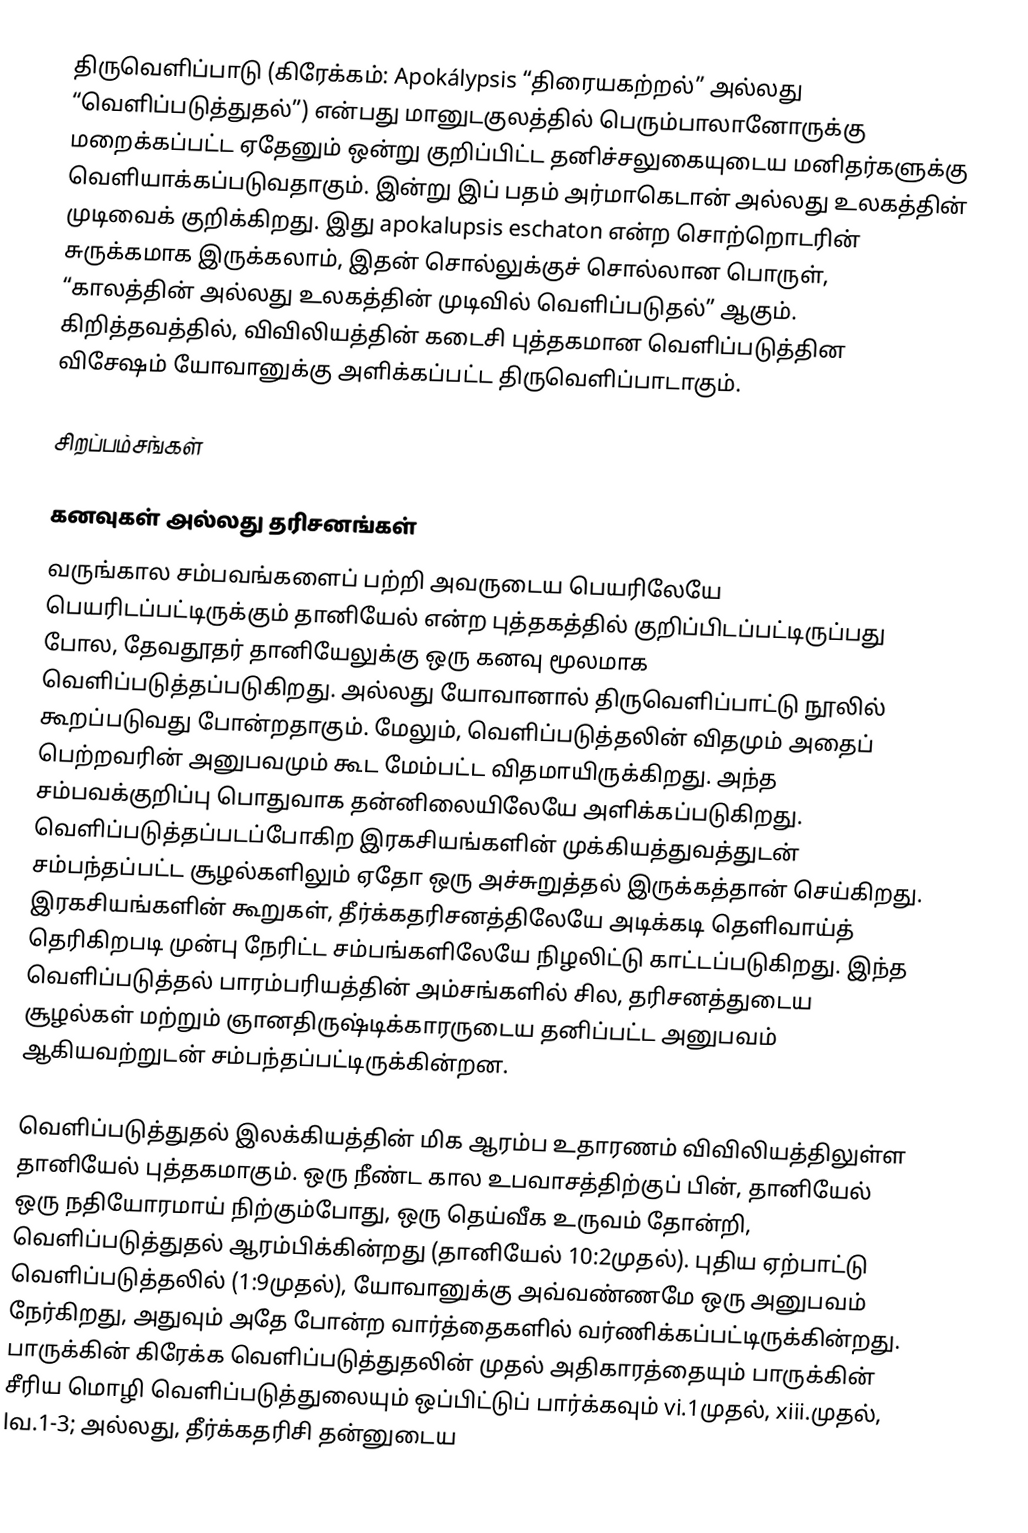
திருவெளிப்பாடு (கிரேக்கம்:  Apokálypsis “திரையகற்றல்” அல்லது “வெளிப்படுத்துதல்”) என்பது மானுடகுலத்தில் பெரும்பாலானோருக்கு மறைக்கப்பட்ட ஏதேனும் ஒன்று குறிப்பிட்ட தனிச்சலுகையுடைய மனிதர்களுக்கு வெளியாக்கப்படுவதாகும். இன்று இப் பதம் அர்மாகெடான் அல்லது உலகத்தின் முடிவைக் குறிக்கிறது. இது apokalupsis eschaton என்ற சொற்றொடரின் சுருக்கமாக இருக்கலாம், இதன் சொல்லுக்குச் சொல்லான பொருள், “காலத்தின் அல்லது உலகத்தின் முடிவில் வெளிப்படுதல்” ஆகும். கிறித்தவத்தில், விவிலியத்தின் கடைசி புத்தகமான வெளிப்படுத்தின விசேஷம் யோவானுக்கு அளிக்கப்பட்ட திருவெளிப்பாடாகும்.

சிறப்பம்சங்கள்

கனவுகள் அல்லது தரிசனங்கள்
வருங்கால சம்பவங்களைப் பற்றி அவருடைய பெயரிலேயே பெயரிடப்பட்டிருக்கும் தானியேல் என்ற புத்தகத்தில் குறிப்பிடப்பட்டிருப்பது போல, தேவதூதர் தானியேலுக்கு ஒரு கனவு மூலமாக வெளிப்படுத்தப்படுகிறது. அல்லது யோவானால் திருவெளிப்பாட்டு நூலில் கூறப்படுவது போன்றதாகும். மேலும், வெளிப்படுத்தலின் விதமும் அதைப் பெற்றவரின் அனுபவமும் கூட மேம்பட்ட விதமாயிருக்கிறது. அந்த சம்பவக்குறிப்பு பொதுவாக தன்னிலையிலேயே அளிக்கப்படுகிறது. வெளிப்படுத்தப்படப்போகிற இரகசியங்களின் முக்கியத்துவத்துடன் சம்பந்தப்பட்ட சூழல்களிலும் ஏதோ ஒரு அச்சுறுத்தல் இருக்கத்தான் செய்கிறது. இரகசியங்களின் கூறுகள், தீர்க்கதரிசனத்திலேயே அடிக்கடி தெளிவாய்த் தெரிகிறபடி முன்பு நேரிட்ட சம்பங்களிலேயே நிழலிட்டு காட்டப்படுகிறது. இந்த வெளிப்படுத்தல் பாரம்பரியத்தின் அம்சங்களில் சில, தரிசனத்துடைய சூழல்கள் மற்றும் ஞானதிருஷ்டிக்காரருடைய தனிப்பட்ட அனுபவம் ஆகியவற்றுடன் சம்பந்தப்பட்டிருக்கின்றன.

வெளிப்படுத்துதல் இலக்கியத்தின் மிக ஆரம்ப உதாரணம் விவிலியத்திலுள்ள தானியேல் புத்தகமாகும். ஒரு நீண்ட கால உபவாசத்திற்குப் பின், தானியேல் ஒரு நதியோரமாய் நிற்கும்போது, ஒரு தெய்வீக உருவம் தோன்றி, வெளிப்படுத்துதல் ஆரம்பிக்கின்றது (தானியேல் 10:2முதல்). புதிய ஏற்பாட்டு வெளிப்படுத்தலில் (1:9முதல்), யோவானுக்கு அவ்வண்ணமே ஒரு அனுபவம் நேர்கிறது, அதுவும் அதே போன்ற வார்த்தைகளில் வர்ணிக்கப்பட்டிருக்கின்றது. பாருக்கின் கிரேக்க வெளிப்படுத்துதலின் முதல் அதிகாரத்தையும் பாருக்கின் சீரிய மொழி வெளிப்படுத்துலையும் ஒப்பிட்டுப் பார்க்கவும் vi.1முதல், xiii.முதல், lவ.1-3; அல்லது, தீர்க்கதரிசி தன்னுடைய